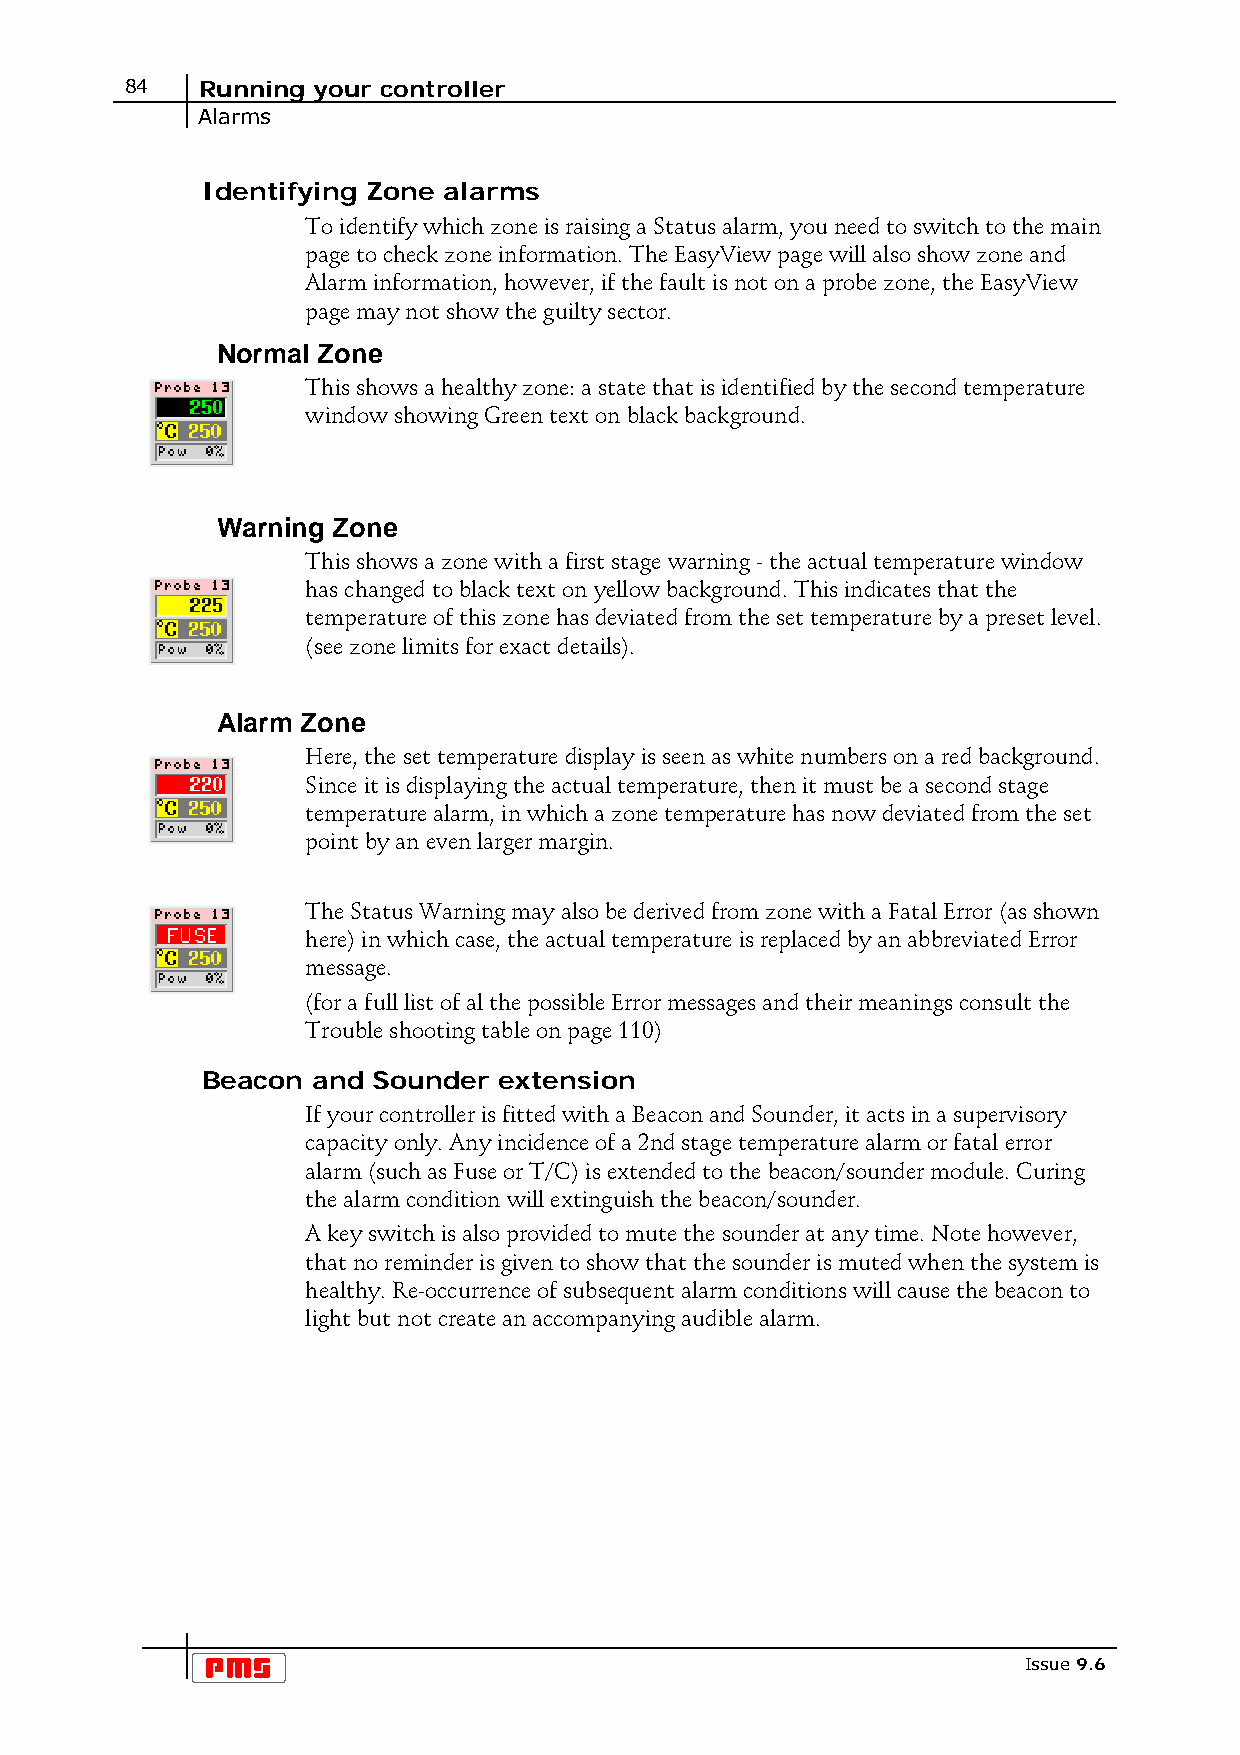
84   Running your controller
 Alarms
 Identifying Zone alarms
 To identify which zone is raising a Status alarm, you need to switch to the main
 page to check zone information. The EasyView page will also show zone and
 Alarm information, however, if the fault is not on a probe zone, the EasyView
 page may not show the guilty sector.
 Normal Zone
 This shows a healthy zone: a state that is identified by the second temperature
 window showing Green text on black background.
 Warning Zone
 This shows a zone with a first stage warning - the actual temperature window
 has changed to black text on yellow background. This indicates that the
 temperature of this zone has deviated from the set temperature by a preset level.
 (see zone limits for exact details).
 Alarm Zone
 Here, the set temperature display is seen as white numbers on a red background.
 Since it is displaying the actual temperature, then it must be a second stage
 temperature alarm, in which a zone temperature has now deviated from the set
 point by an even larger margin.
 The Status Warning may also be derived from zone with a Fatal Error (as shown
 here) in which case, the actual temperature is replaced by an abbreviated Error
 message.
 (for a full list of al the possible Error messages and their meanings consult the
 Trouble shooting table on page 110)
 Beacon  and Sounder extension
 If your controller is fitted with a Beacon and Sounder, it acts in a supervisory
 capacity only. Any incidence of a 2nd stage temperature alarm or fatal error
 alarm (such as Fuse or T/C) is extended to the beacon/sounder module. Curing
 the alarm condition will extinguish the beacon/sounder.
 A key switch is also provided to mute the sounder at any time. Note however,
 that no reminder is given to show that the sounder is muted when the system is
 healthy. Re-occurrence of subsequent alarm conditions will cause the beacon to
 light but not create an accompanying audible alarm.
 Issue 9.6